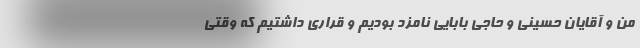
من و آقایان حسینی و حاجی بابایی نامزد بودیم و قراری داشتیم که وقتی